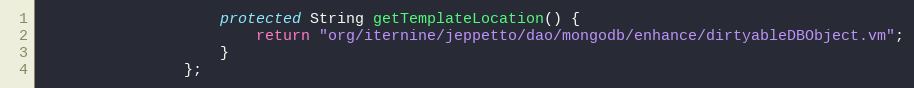
Language: Java
                    protected String getTemplateLocation() {
                        return "org/iternine/jeppetto/dao/mongodb/enhance/dirtyableDBObject.vm";
                    }
                };